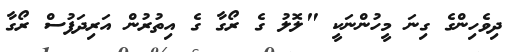
ދިވެހިންގެ ގިނަ މީހުންނަކީ "ލޮލު ގެ ރޯގާ ގެ އިތުރުން އަރިދަފުސް ރޯގާ